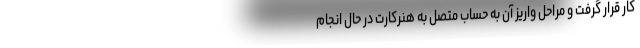
کار قرار گرفت و مراحل واریز آن به حساب متصل به هنرکارت در حال انجام